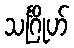
သင်္ဂြိုဟ်